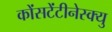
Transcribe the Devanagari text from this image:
कोंसटेंटीनेस्क्यु